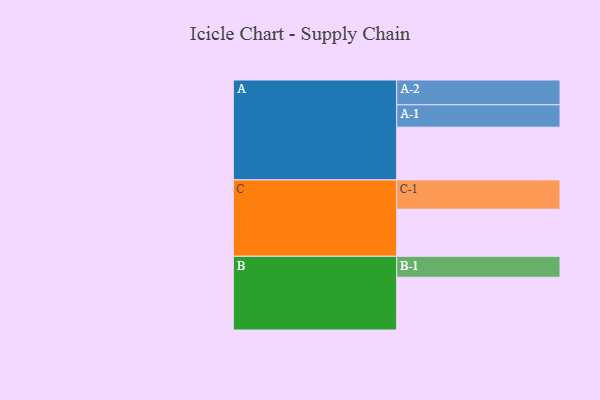
{"axis": {"x": "Segment", "y": "Value"}, "legend": ["", "A", "B", "C"], "data": [{"x": "A", "y": 372, "type": ""}, {"x": "B", "y": 372, "type": ""}, {"x": "C", "y": 332, "type": ""}, {"x": "A-1", "y": 158, "type": "A"}, {"x": "A-2", "y": 175, "type": "A"}, {"x": "B-1", "y": 148, "type": "B"}, {"x": "C-1", "y": 207, "type": "C"}]}